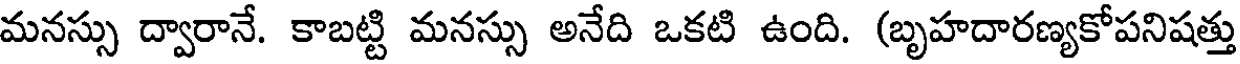
మనస్సు ద్వారానే. కాబట్టి మనస్సు అనేది ఒకటి ఉంది. (బృహదారణ్యకోపనిషత్తు